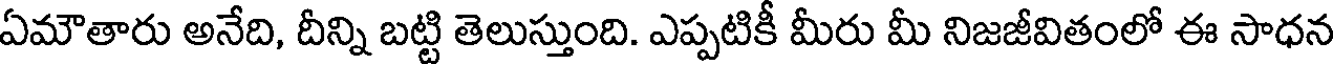
ఏమౌతారు అనేది, దీన్ని బట్టి తెలుస్తుంది. ఎప్పటికీ మీరు మీ నిజజీవితంలో ఈ సాధన